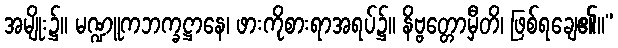
အမျိုး၌။ မဏ္ဍူကဘက္ခဋ္ဌာနေ၊ ဖားကိုစားရာအရပ်၌။ နိဗ္ဗတ္တောမှီတိ၊ ဖြစ်ရချေ၏။”